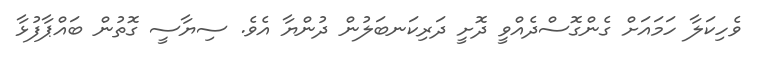
ވެހިކަލާ ހަމައަށް ގެންގޮސްދެއްވީ ދޮށީ ދަރިކަނބަލުން ދުންޔާ އެވެ. ސިޔާސީ ގޮތުން ބައްޕާފުޅާ